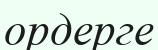
ордерге